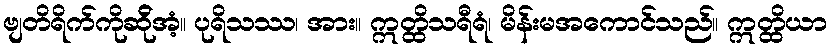
ဗျတိရိက်ကိုဆ်ိုအံ့။ ပုရိသဿ၊ အား။ ဣတ္ထိသရီရံ၊ မိန်းမအကောင်သည်။ ဣတ္ထိယာ